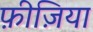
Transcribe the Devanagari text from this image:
फ़ीज़िया